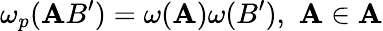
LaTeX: \omega_{p}(\mathbf{A}B^{\prime})=\omega(\mathbf{A})\omega(B^{\prime}),\, \, \mathbf{A}\in\mathcal{{\mathbf{A}}}